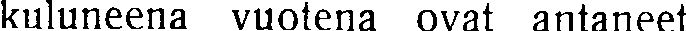
kuluneena vuotena ovat antaneet